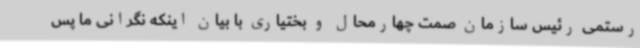
رستمی رئیس سازمان صمت چهارمحال و بختیاری با بیان اینکه نگرانی ما پس